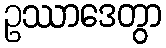
ဥဿာဒေတွာ